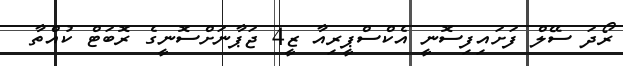
ރޯދަ ސޭލް ފަށައިފިސޮނީ އެކްސްޕީރިއާ ޒީ4 ޖަޕާނަށްސޮނީގެ ރޮބަޓް ކުއްތާ